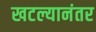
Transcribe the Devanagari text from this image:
खटल्यानंतर